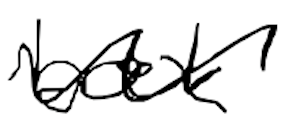
Text: book
Cross-out: mix
Writing tool: digital_black